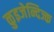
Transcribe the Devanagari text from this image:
ळुइजेन्दिज्क